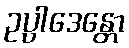
ဥပ္ပါဒေန္တော